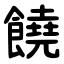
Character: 饒